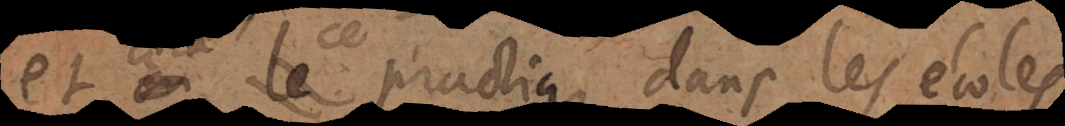
cela ce practique dans les écoles,